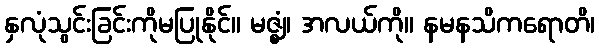
နှလုံသွင်းခြင်းကိုမပြုနိုင်။ မဇ္ဈံ၊ အလယ်ကို။ နမနသိကရောတိ၊